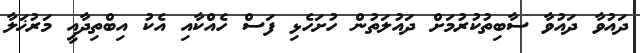
ދައުވާ ދައުވާ ސާބިތުކުރުމަށް ދައުލަތުން ހުށަހެޅި ފަސް ހެއްކާއި އެކު އިބްތިދާއީ މަރުޚަލާ